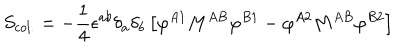
S _ { c o l . } = - { \frac { 1 } { 4 } } \epsilon ^ { a b } \delta _ { a } \delta _ { b } \left[ \varphi ^ { A 1 } M ^ { A B } \varphi ^ { B 1 } - \varphi ^ { A 2 } M ^ { A B } \varphi ^ { B 2 } \right]